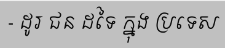
- ដូរ ជន ដទៃ ក្នុង ប្រទេស